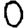
Digit: 0